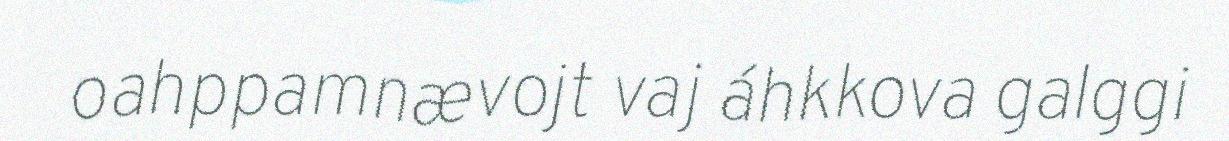
oahppamnævojt vaj áhkkova galggi